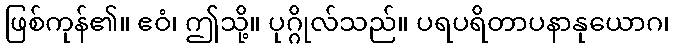
ဖြစ်ကုန်၏။ ဧဝံ၊ ဤသို့။ ပုဂ္ဂိုလ်သည်။ ပရပရိတာပနာနုယောဂ၊